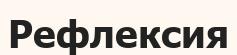
Рефлексия